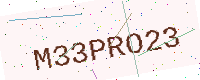
Text: M33PRO23